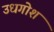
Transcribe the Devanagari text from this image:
उधगोश